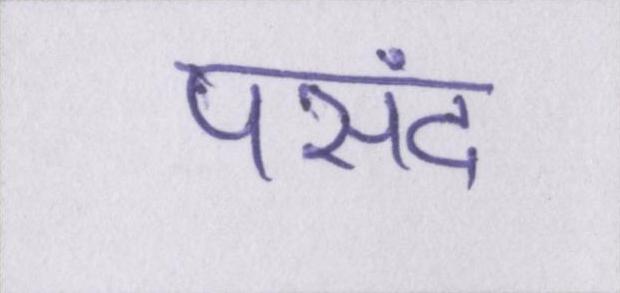
पसंद